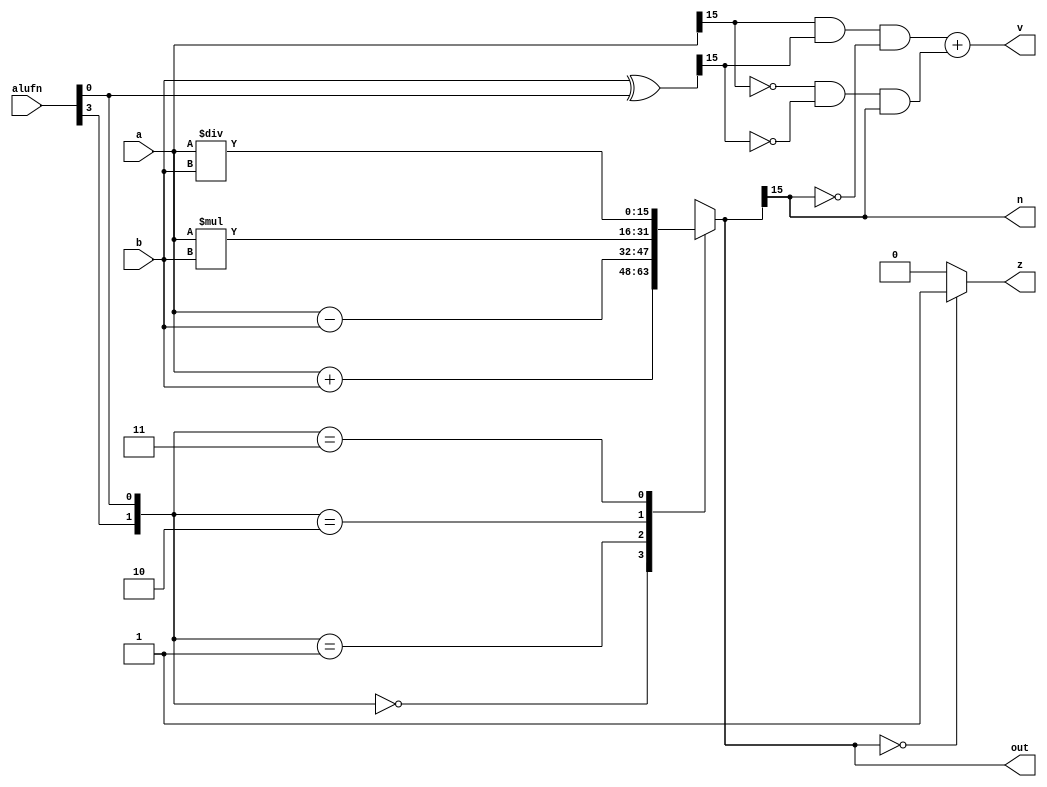
module adder16bit_14 (
    input [3:0] alufn,
    input [15:0] a,
    input [15:0] b,
    output reg [15:0] out,
    output reg z,
    output reg v,
    output reg n
  );
  
  
  
  reg [15:0] sum;
  
  reg [15:0] xb;
  
  reg [1:0] code;
  
  always @* begin
    code[0+0-:1] = alufn[0+0-:1];
    code[1+0-:1] = alufn[3+0-:1];
    
    case (code)
      2'h0: begin
        sum = $signed(a) + $signed(b);
      end
      2'h1: begin
        sum = $signed(a) - $signed(b);
      end
      2'h2: begin
        sum = $signed(a) * $signed(b);
      end
      2'h3: begin
        sum = $signed(a) / $signed(b);
      end
      default: begin
        sum = 1'h0;
      end
    endcase
    if (sum == 1'h0) begin
      z = 1'h1;
    end else begin
      z = 1'h0;
    end
    n = sum[15+0-:1];
    out = sum;
    xb = b ^ alufn[0+0-:1];
    v = (a[15+0-:1] & xb[15+0-:1] & ~sum[15+0-:1]) + (~a[15+0-:1] & ~xb[15+0-:1] & sum[15+0-:1]);
  end
endmodule